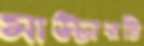
মাস্টারটি